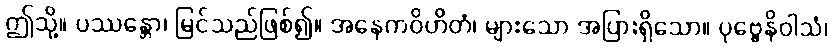
ဤသို့။ ပဿန္တော၊ မြင်သည်ဖြစ်၍။ အနေကဝိဟိတံ၊ များသော အပြားရှိသော။ ပုဗ္ဗေနိဝါသံ၊